Civil Veterinary Dept. Bombay admin report 1932-41 - 1932-1941
Year: 1932
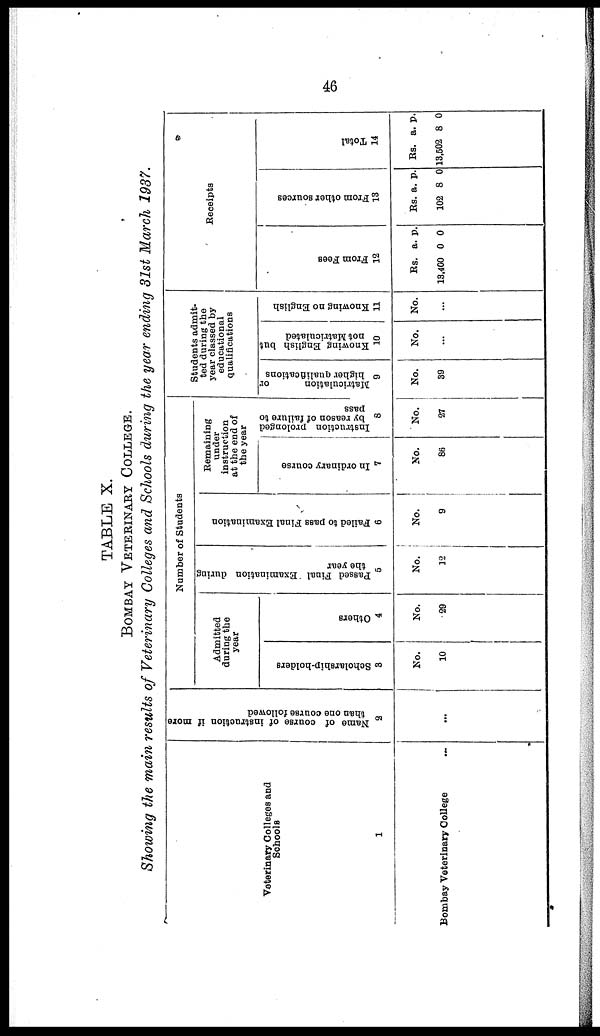
46
TABLE X.
BOMBAY VETERINARY COLLEGE
Showing the main results of Veterinary Colleges and Schools during the year ending 31st March 1937.
Veterinary Colleges and
Schools
1
Bombay Veterinary College ...
Name of course of instruction if more
than one course followed
2
...
Number of Students
Admitted
during the
year
Scholarship-holders
3
No.
10
Others
4
No.
29
Passed Final Examination during
the year
5
No.
12
Failed to pass Final Examination
6
No.
9
Remaining
under
instruction
at the end of
the year
In ordinary course
7
No.
86
Instruction prolonged
by reason of failure to
pass
8
No.
27
Students admit-
ted during the
year classed by
educational
qualifications
Matriculation
or
higher qualifications
9
No.
39
Knowing English but
not Matriculated
10
No.
...
Knowing no English
11
No.
...
Receipts
Fr om Fees
12
Rs.
13,400
a.
0
p.
0
From other sources
13
Rs.
102
a.
8
p.
0
Tot al
14
Rs.
13.502
a.
8
p.
0